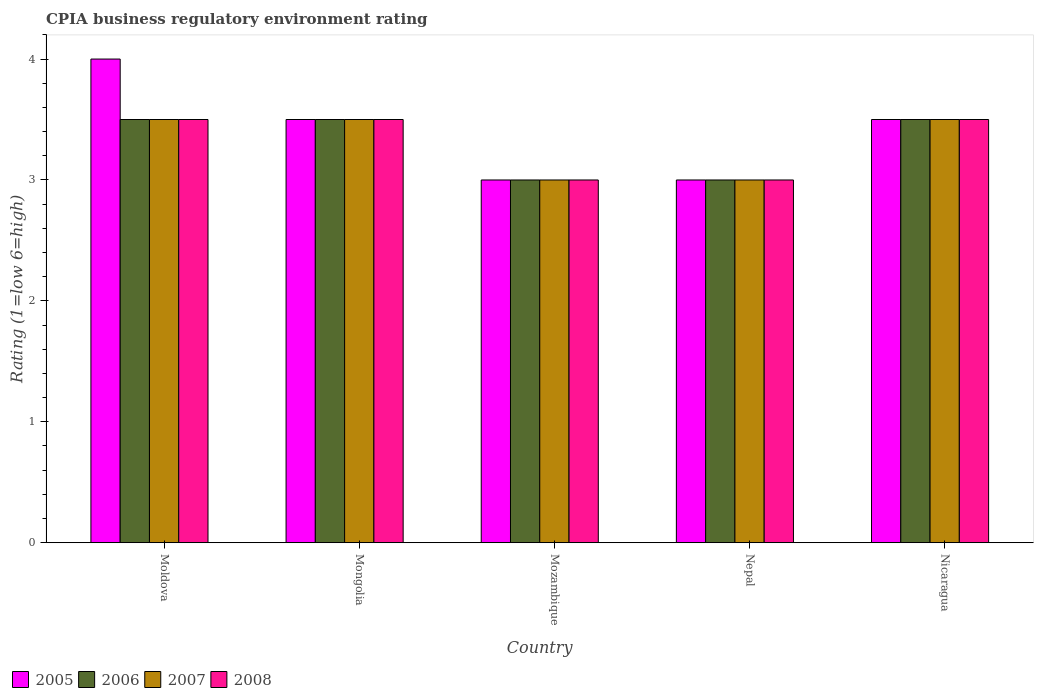
| Country | 2005 | 2006 | 2007 | 2008 |
 | --- | --- | --- | --- | --- |
 | Moldova | 4 | 3.5 | 3.5 | 3.5 |
 | Mongolia | 3.5 | 3.5 | 3.5 | 3.5 |
 | Mozambique | 3 | 3 | 3 | 3 |
 | Nepal | 3 | 3 | 3 | 3 |
 | Nicaragua | 3.5 | 3.5 | 3.5 | 3.5 |